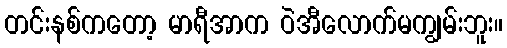
တင်းနစ်ကတော့ မာရီအာက ဝဲအီလောက်မကျွမ်းဘူး။